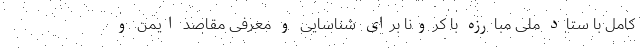
کامل با ستاد ملی مبارزه با کرونا برای شناسایی و معرفی مقاصد ایمن و